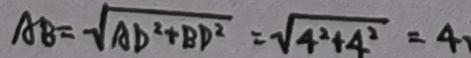
A B = \sqrt { A D ^ { 2 } + B D ^ { 2 } } = \sqrt { 4 ^ { 2 } + 4 ^ { 2 } } = 4